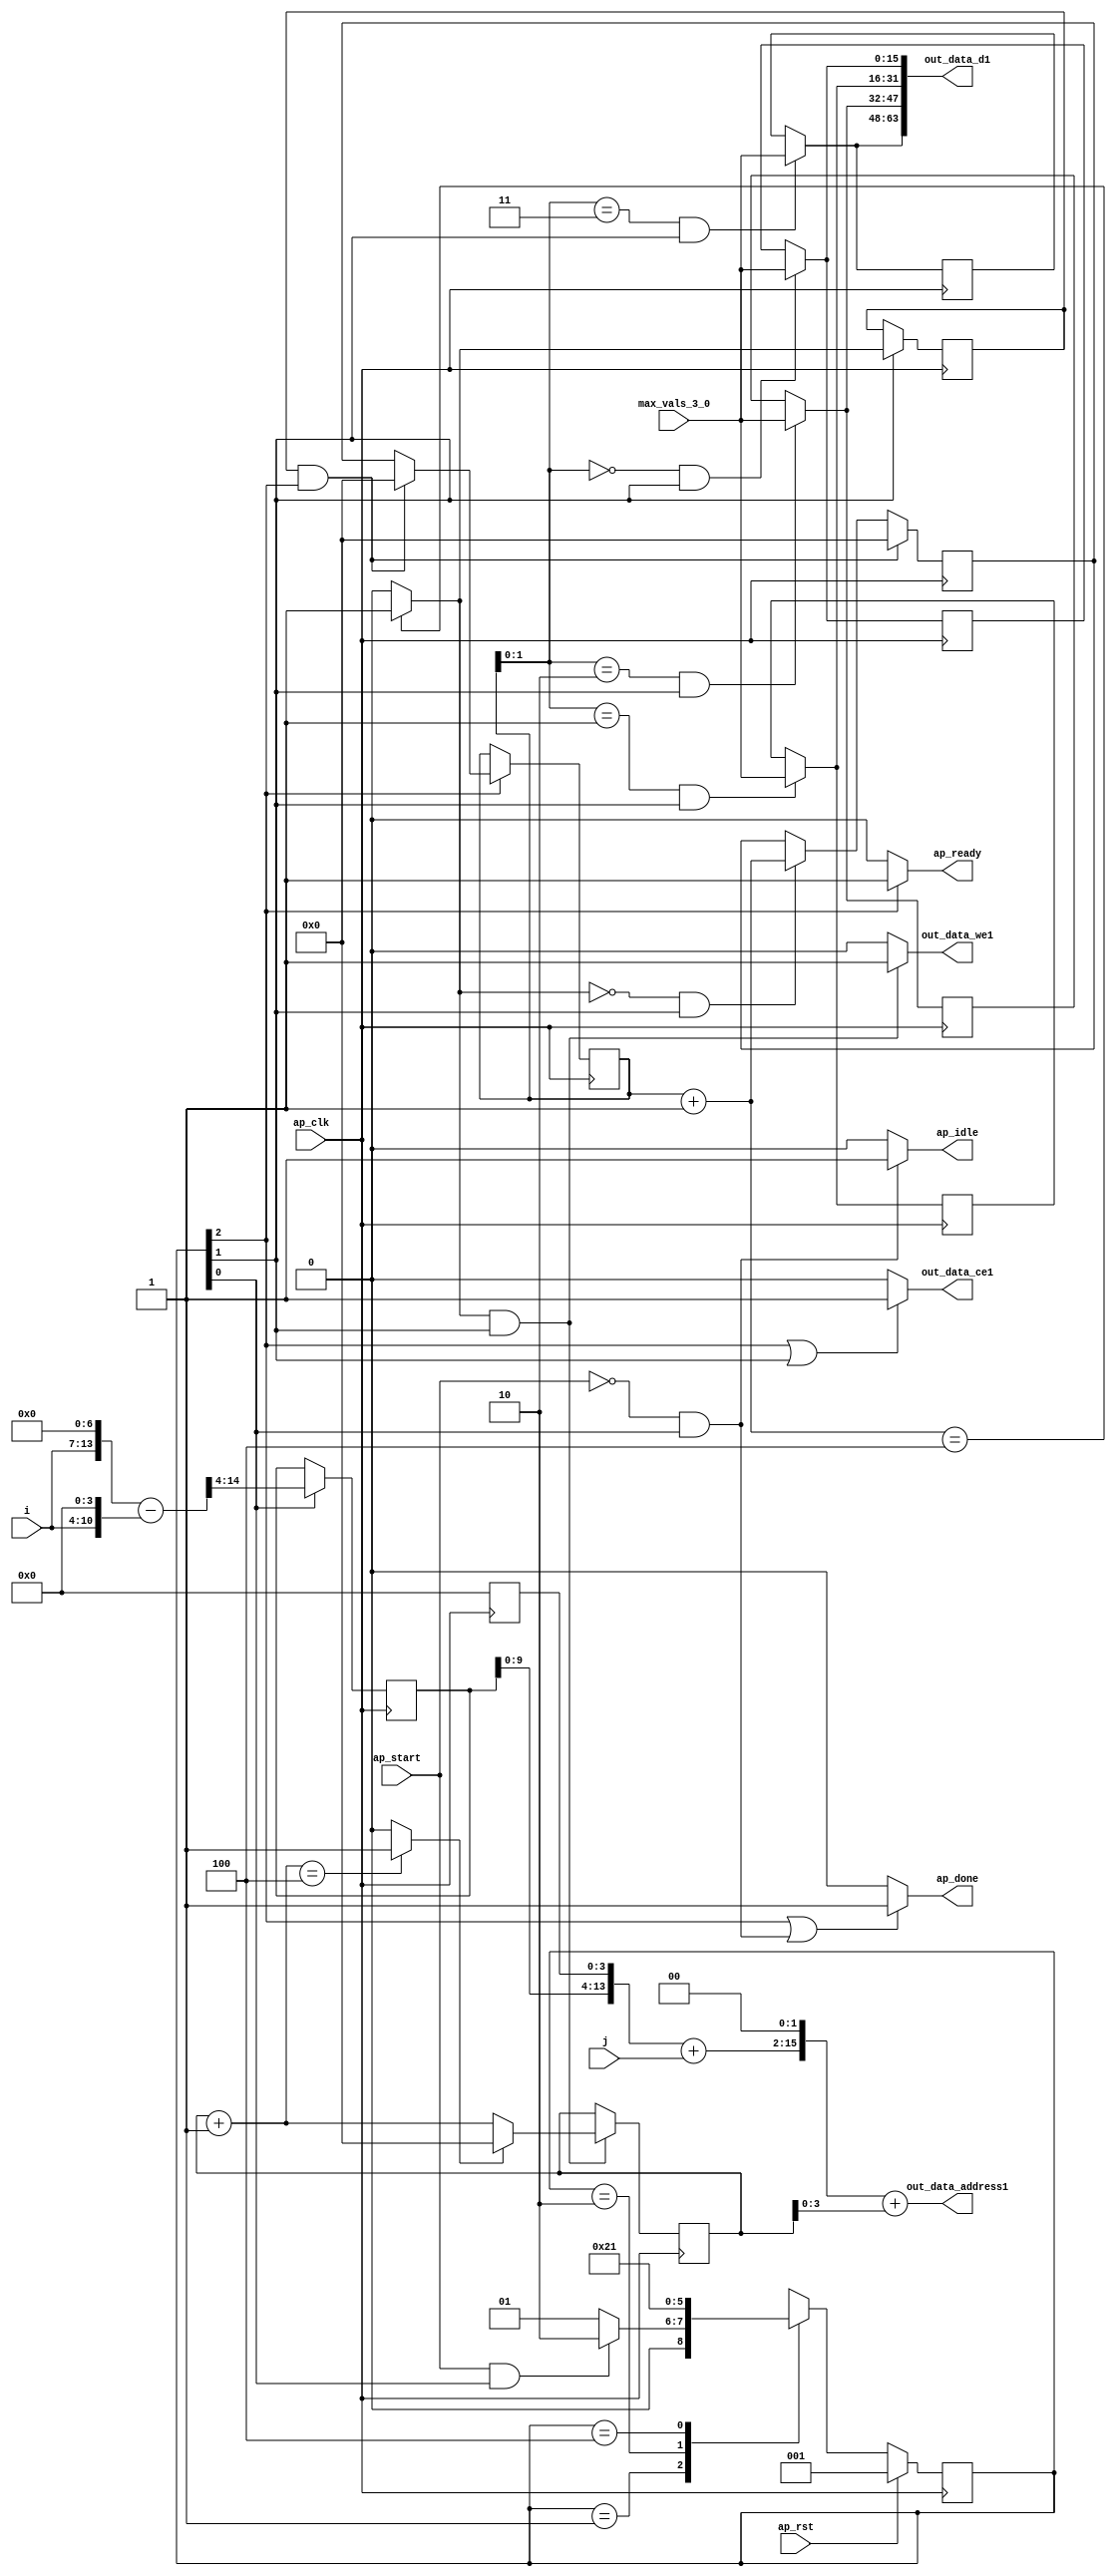
`define EXPONENT 5
`define MANTISSA 10
`define ACTUAL_MANTISSA 11
`define EXPONENT_LSB 10
`define EXPONENT_MSB 14
`define MANTISSA_LSB 0
`define MANTISSA_MSB 9
`define MANTISSA_MUL_SPLIT_LSB 3
`define MANTISSA_MUL_SPLIT_MSB 9
`define SIGN 1
`define SIGN_LOC 15
`define DWIDTH (`SIGN+`EXPONENT+`MANTISSA)
`define IEEE_COMPLIANCE 1

module td_fused_top_tdf1_writeOutputs_unaligned (
        ap_clk,
        ap_rst,
        ap_start,
        ap_done,
        ap_idle,
        ap_ready,
        i,
        j,
        out_data_address1,
        out_data_ce1,
        out_data_we1,
        out_data_d1,
        max_vals_3_0
);

parameter    ap_ST_fsm_state1 = 3'd1;
parameter    ap_ST_fsm_state2 = 3'd2;
parameter    ap_ST_fsm_state3 = 3'd4;

input   ap_clk;
input   ap_rst;
input   ap_start;
output   ap_done;
output   ap_idle;
output   ap_ready;
input  [6:0] i;
input  [13:0] j;
output  [15:0] out_data_address1;
output   out_data_ce1;
output   out_data_we1;
output  [63:0] out_data_d1;
input  [15:0] max_vals_3_0;

reg ap_done;
reg ap_idle;
reg ap_ready;
reg out_data_ce1;
reg out_data_we1;

  reg   [2:0] ap_CS_fsm;
wire    ap_CS_fsm_state1;
reg   [15:0] outputCount_1;
reg   [15:0] outputChanIdx_1;
reg   [15:0] outputRow_8_0;
reg   [15:0] outputRow_8_1;
reg   [15:0] outputRow_8_2;
reg   [15:0] outputRow_8_3;
wire   [14:0] sub_ln94_fu_121_p2;
reg   [14:0] sub_ln94_reg_294;
wire   [15:0] add_ln87_fu_182_p2;
wire    ap_CS_fsm_state2;
wire   [0:0] icmp_ln88_fu_188_p2;
reg   [0:0] icmp_ln88_reg_307;
reg   [15:0] ap_phi_mux_empty_phi_fu_90_p4;
reg   [15:0] empty_reg_87;
wire    ap_CS_fsm_state3;
wire   [63:0] zext_ln94_18_fu_216_p1;
wire   [15:0] select_ln97_fu_274_p3;
wire   [1:0] trunc_ln86_fu_154_p1;
reg   [15:0] ap_sig_allocacmp_outputRow_8_0_load;
reg   [15:0] ap_sig_allocacmp_outputRow_8_1_load;
reg   [15:0] ap_sig_allocacmp_outputRow_8_2_load;
reg   [15:0] ap_sig_allocacmp_outputRow_8_3_load;
wire   [13:0] tmp_fu_97_p3;
wire   [10:0] tmp_s_fu_109_p3;
wire   [14:0] zext_ln94_fu_105_p1;
wire   [14:0] zext_ln94_15_fu_117_p1;
wire   [15:0] sub_ln94_cast14_fu_127_p1;
wire   [15:0] zext_ln94_16_fu_130_p1;
wire   [15:0] add_ln94_fu_134_p2;
wire   [3:0] trunc_ln94_fu_202_p1;
wire   [15:0] shl_ln89_fu_140_p2;
wire   [15:0] zext_ln94_17_fu_206_p1;
wire   [15:0] add_ln94_7_fu_210_p2;
wire   [15:0] bitcast_ln94_21_fu_245_p1;
wire   [15:0] bitcast_ln94_20_fu_237_p1;
wire   [15:0] bitcast_ln94_19_fu_229_p1;
wire   [15:0] bitcast_ln94_fu_221_p1;
wire   [15:0] add_ln96_fu_262_p2;
wire   [0:0] icmp_ln97_fu_268_p2;
reg   [2:0] ap_NS_fsm;
wire    ap_ce_reg;

// power-on initialization
initial begin
#0 ap_CS_fsm = 3'd1;
#0 outputCount_1 = 16'd0;
#0 outputChanIdx_1 = 16'd0;
#0 outputRow_8_0 = 16'd0;
#0 outputRow_8_1 = 16'd0;
#0 outputRow_8_2 = 16'd0;
#0 outputRow_8_3 = 16'd0;
end

always @ (posedge ap_clk) begin
    if (ap_rst == 1'b1) begin
        ap_CS_fsm <= ap_ST_fsm_state1;
    end else begin
        ap_CS_fsm <= ap_NS_fsm;
    end
end

always @ (posedge ap_clk) begin
    if (((icmp_ln88_reg_307 == 1'd1) & (1'b1 == ap_CS_fsm_state3))) begin
        empty_reg_87 <= 16'd0;
    end else if (((icmp_ln88_fu_188_p2 == 1'd0) & (1'b1 == ap_CS_fsm_state2))) begin
        empty_reg_87 <= add_ln87_fu_182_p2;
    end
end

always @ (posedge ap_clk) begin
    if ((1'b1 == ap_CS_fsm_state2)) begin
        icmp_ln88_reg_307 <= icmp_ln88_fu_188_p2;
    end
end

always @ (posedge ap_clk) begin
    if (((icmp_ln88_fu_188_p2 == 1'd1) & (1'b1 == ap_CS_fsm_state2))) begin
        outputChanIdx_1 <= select_ln97_fu_274_p3;
    end
end

always @ (posedge ap_clk) begin
    if ((1'b1 == ap_CS_fsm_state3)) begin
        outputCount_1 <= ap_phi_mux_empty_phi_fu_90_p4;
    end
end

always @ (posedge ap_clk) begin
    if (((trunc_ln86_fu_154_p1 == 2'd0) & (1'b1 == ap_CS_fsm_state2))) begin
        outputRow_8_0 <= max_vals_3_0;
    end
end

always @ (posedge ap_clk) begin
    if (((trunc_ln86_fu_154_p1 == 2'd1) & (1'b1 == ap_CS_fsm_state2))) begin
        outputRow_8_1 <= max_vals_3_0;
    end
end

always @ (posedge ap_clk) begin
    if (((trunc_ln86_fu_154_p1 == 2'd2) & (1'b1 == ap_CS_fsm_state2))) begin
        outputRow_8_2 <= max_vals_3_0;
    end
end

always @ (posedge ap_clk) begin
    if (((trunc_ln86_fu_154_p1 == 2'd3) & (1'b1 == ap_CS_fsm_state2))) begin
        outputRow_8_3 <= max_vals_3_0;
    end
end

always @ (posedge ap_clk) begin
    if ((1'b1 == ap_CS_fsm_state1)) begin
        sub_ln94_reg_294[14 : 4] <= sub_ln94_fu_121_p2[14 : 4];
    end
end

always @ (*) begin
    if (((1'b1 == ap_CS_fsm_state3) | ((ap_start == 1'b0) & (1'b1 == ap_CS_fsm_state1)))) begin
        ap_done = 1'b1;
    end else begin
        ap_done = 1'b0;
    end
end

always @ (*) begin
    if (((ap_start == 1'b0) & (1'b1 == ap_CS_fsm_state1))) begin
        ap_idle = 1'b1;
    end else begin
        ap_idle = 1'b0;
    end
end

always @ (*) begin
    if (((icmp_ln88_reg_307 == 1'd1) & (1'b1 == ap_CS_fsm_state3))) begin
        ap_phi_mux_empty_phi_fu_90_p4 = 16'd0;
    end else begin
        ap_phi_mux_empty_phi_fu_90_p4 = empty_reg_87;
    end
end

always @ (*) begin
    if ((1'b1 == ap_CS_fsm_state3)) begin
        ap_ready = 1'b1;
    end else begin
        ap_ready = 1'b0;
    end
end

always @ (*) begin
    if (((trunc_ln86_fu_154_p1 == 2'd0) & (1'b1 == ap_CS_fsm_state2))) begin
        ap_sig_allocacmp_outputRow_8_0_load = max_vals_3_0;
    end else begin
        ap_sig_allocacmp_outputRow_8_0_load = outputRow_8_0;
    end
end

always @ (*) begin
    if (((trunc_ln86_fu_154_p1 == 2'd1) & (1'b1 == ap_CS_fsm_state2))) begin
        ap_sig_allocacmp_outputRow_8_1_load = max_vals_3_0;
    end else begin
        ap_sig_allocacmp_outputRow_8_1_load = outputRow_8_1;
    end
end

always @ (*) begin
    if (((trunc_ln86_fu_154_p1 == 2'd2) & (1'b1 == ap_CS_fsm_state2))) begin
        ap_sig_allocacmp_outputRow_8_2_load = max_vals_3_0;
    end else begin
        ap_sig_allocacmp_outputRow_8_2_load = outputRow_8_2;
    end
end

always @ (*) begin
    if (((trunc_ln86_fu_154_p1 == 2'd3) & (1'b1 == ap_CS_fsm_state2))) begin
        ap_sig_allocacmp_outputRow_8_3_load = max_vals_3_0;
    end else begin
        ap_sig_allocacmp_outputRow_8_3_load = outputRow_8_3;
    end
end

always @ (*) begin
    if (((1'b1 == ap_CS_fsm_state3) | (1'b1 == ap_CS_fsm_state2))) begin
        out_data_ce1 = 1'b1;
    end else begin
        out_data_ce1 = 1'b0;
    end
end

always @ (*) begin
    if (((icmp_ln88_fu_188_p2 == 1'd1) & (1'b1 == ap_CS_fsm_state2))) begin
        out_data_we1 = 1'b1;
    end else begin
        out_data_we1 = 1'b0;
    end
end

always @ (*) begin
    case (ap_CS_fsm)
        ap_ST_fsm_state1 : begin
            if (((ap_start == 1'b1) & (1'b1 == ap_CS_fsm_state1))) begin
                ap_NS_fsm = ap_ST_fsm_state2;
            end else begin
                ap_NS_fsm = ap_ST_fsm_state1;
            end
        end
        ap_ST_fsm_state2 : begin
            ap_NS_fsm = ap_ST_fsm_state3;
        end
        ap_ST_fsm_state3 : begin
            ap_NS_fsm = ap_ST_fsm_state1;
        end
        default : begin
            ap_NS_fsm = 'bx;
        end
    endcase
end

assign add_ln87_fu_182_p2 = (outputCount_1 + 16'd1);

assign add_ln94_7_fu_210_p2 = (shl_ln89_fu_140_p2 + zext_ln94_17_fu_206_p1);

assign add_ln94_fu_134_p2 = (sub_ln94_cast14_fu_127_p1 + zext_ln94_16_fu_130_p1);

assign add_ln96_fu_262_p2 = (outputChanIdx_1 + 16'd1);

assign ap_CS_fsm_state1 = ap_CS_fsm[32'd0];

assign ap_CS_fsm_state2 = ap_CS_fsm[32'd1];

assign ap_CS_fsm_state3 = ap_CS_fsm[32'd2];

assign bitcast_ln94_19_fu_229_p1 = ap_sig_allocacmp_outputRow_8_1_load;

assign bitcast_ln94_20_fu_237_p1 = ap_sig_allocacmp_outputRow_8_2_load;

assign bitcast_ln94_21_fu_245_p1 = ap_sig_allocacmp_outputRow_8_3_load;

assign bitcast_ln94_fu_221_p1 = ap_sig_allocacmp_outputRow_8_0_load;

assign icmp_ln88_fu_188_p2 = ((add_ln87_fu_182_p2 == 16'd4) ? 1'b1 : 1'b0);

assign icmp_ln97_fu_268_p2 = ((add_ln96_fu_262_p2 == 16'd4) ? 1'b1 : 1'b0);

assign out_data_address1 = zext_ln94_18_fu_216_p1;

assign out_data_d1 = {{{{bitcast_ln94_21_fu_245_p1}, {bitcast_ln94_20_fu_237_p1}}, {bitcast_ln94_19_fu_229_p1}}, {bitcast_ln94_fu_221_p1}};

assign select_ln97_fu_274_p3 = ((icmp_ln97_fu_268_p2[0:0] == 1'b1) ? 16'd0 : add_ln96_fu_262_p2);

assign shl_ln89_fu_140_p2 = add_ln94_fu_134_p2 << 16'd2;

assign sub_ln94_cast14_fu_127_p1 = sub_ln94_reg_294;

assign sub_ln94_fu_121_p2 = (zext_ln94_fu_105_p1 - zext_ln94_15_fu_117_p1);

assign tmp_fu_97_p3 = {{i}, {7'd0}};

assign tmp_s_fu_109_p3 = {{i}, {4'd0}};

assign trunc_ln86_fu_154_p1 = outputCount_1[1:0];

assign trunc_ln94_fu_202_p1 = outputChanIdx_1[3:0];

assign zext_ln94_15_fu_117_p1 = tmp_s_fu_109_p3;

assign zext_ln94_16_fu_130_p1 = j;

assign zext_ln94_17_fu_206_p1 = trunc_ln94_fu_202_p1;

assign zext_ln94_18_fu_216_p1 = add_ln94_7_fu_210_p2;

assign zext_ln94_fu_105_p1 = tmp_fu_97_p3;

always @ (posedge ap_clk) begin
    sub_ln94_reg_294[3:0] <= 4'b0000;
end

endmodule //td_fused_top_tdf1_writeOutputs_unaligned